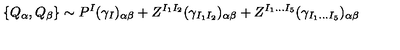
\{ Q _ { \alpha } , Q _ { \beta } \} \sim P ^ { I } ( \gamma _ { I } ) _ { \alpha \beta } + Z ^ { I _ { 1 } I _ { 2 } } ( \gamma _ { I _ { 1 } I _ { 2 } } ) _ { \alpha \beta } + Z ^ { I _ { 1 } \ldots I _ { 5 } } ( \gamma _ { I _ { 1 } \ldots I _ { 5 } } ) _ { \alpha \beta }